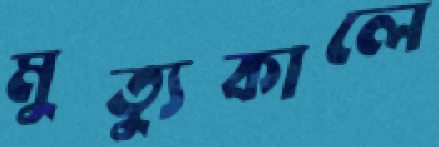
মুত্যুকালে